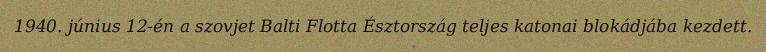
1940. június 12-én a szovjet Balti Flotta Észtország teljes katonai blokádjába kezdett.